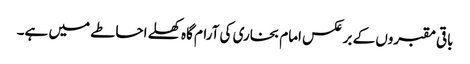
باقی مقبروں کے برعکس امام بخاری کی آرام گاہ کھلے احاطے میں ہے۔